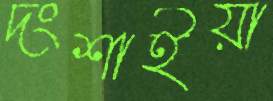
দংশাইয়া